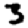
Digit: 3